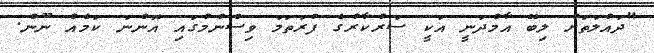
"ދައުލަތަށް ލިބޭ އާމްދަނީ އަކީ ސަރުކާރުގެ ފުރަތަމަ ވިސްނުމުގައި އޮންނަ ކަމެއް ނޫން.